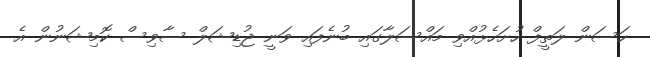
ހަސަން ލަތީފް ހުށަހެޅުއްވި މައްސަލާގައި ބުނެފައި ވަނީ ޖުޑިޝަލް ސާވިސް ކޮމިޝަނުން އެ